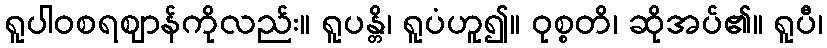
ရူပါဝစရဈာန်ကိုလည်း။ ရူပန္တိ၊ ရူပံဟူ၍။ ဝုစ္စတိ၊ ဆိုအပ်၏။ ရူပီ၊